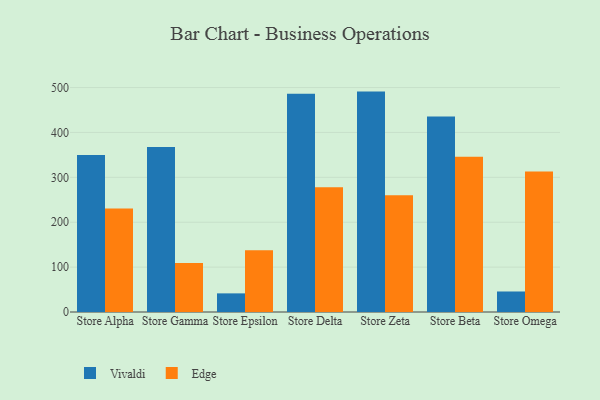
{"axis": {"x": "Store", "y": "Production Output"}, "legend": ["Edge", "Vivaldi"], "data": [{"x": "Store Alpha", "y": 349.5, "type": "Vivaldi"}, {"x": "Store Alpha", "y": 230.5, "type": "Edge"}, {"x": "Store Gamma", "y": 367.7, "type": "Vivaldi"}, {"x": "Store Gamma", "y": 109.2, "type": "Edge"}, {"x": "Store Epsilon", "y": 41.5, "type": "Vivaldi"}, {"x": "Store Epsilon", "y": 137.5, "type": "Edge"}, {"x": "Store Delta", "y": 486.4, "type": "Vivaldi"}, {"x": "Store Delta", "y": 277.7, "type": "Edge"}, {"x": "Store Zeta", "y": 491.0, "type": "Vivaldi"}, {"x": "Store Zeta", "y": 260.2, "type": "Edge"}, {"x": "Store Beta", "y": 435.5, "type": "Vivaldi"}, {"x": "Store Beta", "y": 346.0, "type": "Edge"}, {"x": "Store Omega", "y": 45.7, "type": "Vivaldi"}, {"x": "Store Omega", "y": 313.1, "type": "Edge"}]}